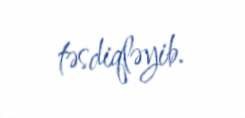
təsdiqləyib.